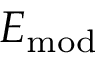
E _ { \mathrm { m o d } }